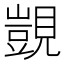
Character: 覬